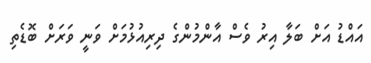
އައްޑު އަށް ބަލާ އިރު ވެސް އާންމުންގެ ދިރިއުޅުމަށް ވަނީ ވަރަށް ބޮޑެތި